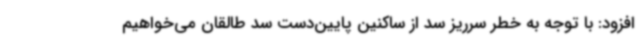
افزود: با توجه به خطر سرریز سد از ساکنین پایین‌دست سد طالقان می‌خواهیم